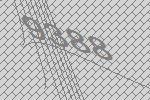
9388